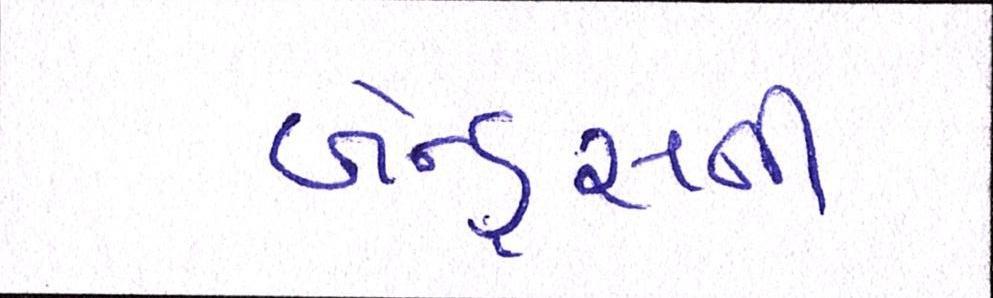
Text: બેન્ડ્સની